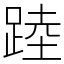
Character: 踛